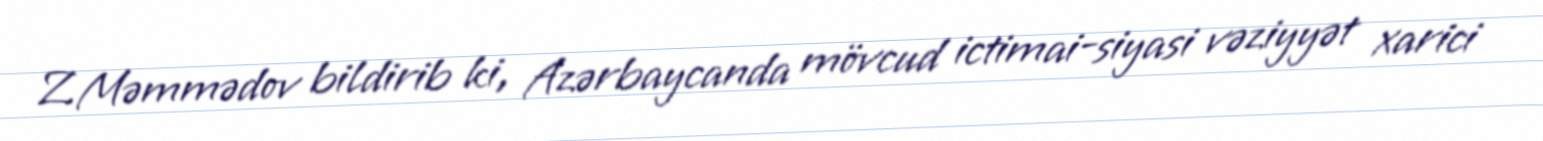
Z.Məmmədov bildirib ki, Azərbaycanda mövcud ictimai-siyasi vəziyyət xarici